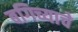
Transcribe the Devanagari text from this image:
बगिच्याचे